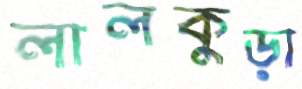
লালকুড়া